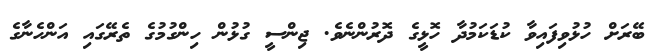
ބޭރަށް ހުޅުވިފައިވާ ކުޑަކަމުދާ ހޮޅީގެ ދޮރުންނެވެ. ޖިންސީ ގުޅުން ހިންގުމުގެ ތެރޭގައި އަންހެނާގެ